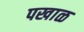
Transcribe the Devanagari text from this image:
पखाळ